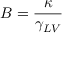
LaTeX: B = { \frac { \kappa } { \gamma _ { L V } } }